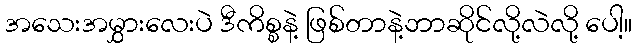
အသေးအမွှားလေးပဲ ဒီကိစ္စနဲ့ ဖြစ်တာနဲ့ဘာဆိုင်လို့လဲလို့ ပေါ့။